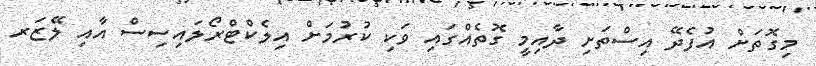
މިގޮތަށް އުފެދޭ އިސްތަށި ދާއިމީ ގޮތެއްގައި ވަކި ކުރުމަށް އިލެކްޓްރޯލައިސިސް އާއި ލޭޒަރ